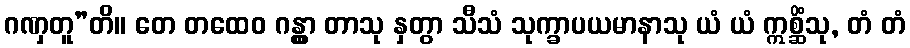
ဂဏှတူ”တိ။ တေ တထေဝ ဂန္တွာ တာသု နှတွာ သီသံ သုက္ခာပယမာနာသု ယံ ယံ ဣစ္ဆိံသု, တံ တံ